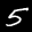
Label: 5